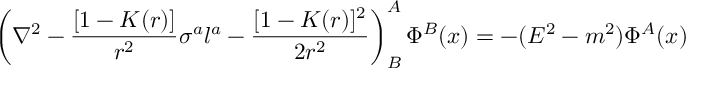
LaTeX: \left( \nabla ^ { 2 } - { \frac { [ 1 - K ( r ) ] } { r ^ { 2 } } } \sigma ^ { a } l ^ { a } - { \frac { [ 1 - K ( r ) ] ^ { 2 } } { 2 r ^ { 2 } } } \right) _ { B } ^ { A } \Phi ^ { B } ( x ) = - ( E ^ { 2 } - m ^ { 2 } ) \Phi ^ { A } ( x )